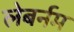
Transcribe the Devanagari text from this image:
लेबर्नम